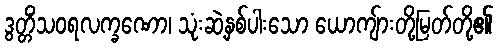
ဒွတ္တိံသဝရလက္ခဏော၊ သုံးဆဲ့နှစ်ပါးသော ယောကျ်ားတို့မြတ်တို့၏